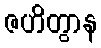
ဇဟိတွာန